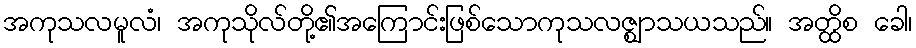
အကုသလမူလံ၊ အကုသိုလ်တို့၏အကြောင်းဖြစ်သောကုသလဇ္ဈာသယသည်။ အတ္ထိစ ခေါ၊